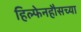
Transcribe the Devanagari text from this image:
हिल्फेनहौसच्या